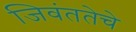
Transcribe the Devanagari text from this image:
जिवंततेचे